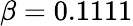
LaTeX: \beta=0.1111